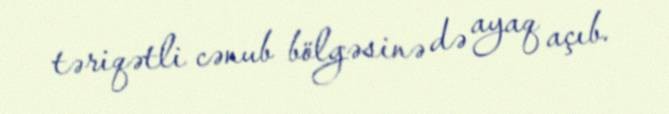
təriqətli cənub bölgəsinə də ayaq açıb.